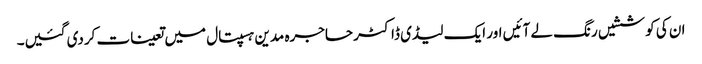
ان کی کوششیں رنگ لے آئیں اور ایک لیڈی ڈاکٹر حاجرہ مدین ہسپتال میں تعینات کردی گئیں۔